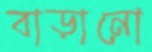
বাড়ানো